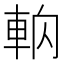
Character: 𰹎